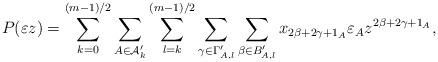
LaTeX: \begin{align*}P(\varepsilon z) =\sum_{k=0}^{(m-1)/2}\sum_{A\in \mathcal{A}'_k}\sum_{l=k}^{(m-1)/2}\sum_{\gamma \in \Gamma'_{A,l}}\sum_{\beta \in B'_{A,l}} x_{2\beta+2\gamma+1_A} \varepsilon_A z^{2\beta+2\gamma+1_A},\end{align*}